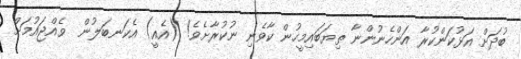
ބުދަށް އަޅުކަންކުރާ އަންހެނުންނާ ތިޔަބައިމީހުން ކާވެނި ނުކުރާށެވެ! (އެއީ) އެކަނބަލުން  ވެއްޖައުމަށް